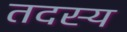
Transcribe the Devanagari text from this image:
तदस्य